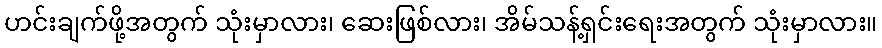
ဟင်းချက်ဖို့အတွက် သုံးမှာလား၊ ဆေးဖြစ်လား၊ အိမ်သန့်ရှင်းရေးအတွက် သုံးမှာလား။